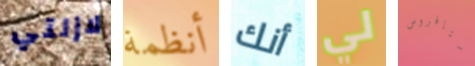
لازلتي أنظمة أنك لي ستافروس